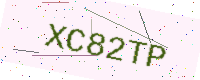
Text: XC82TP